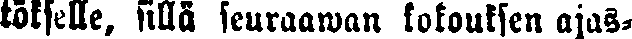
tökselle, sillä seuraawan kokouksen ajas-